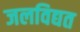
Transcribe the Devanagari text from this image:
जलविद्यत